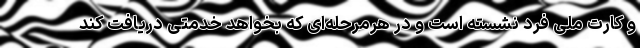
و کارت ملی فرد نشسته است و در هرمرحله‌ای که بخواهد خدمتی دریافت کند